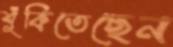
শুঁকিতেছেন